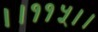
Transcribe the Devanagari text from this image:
।।११५।।